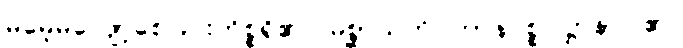
မမေ့မလျော့စေခြင်းကိစ္စရှိ၏။ မိစ္ဆာသတိပ္ပဟာနပစ္စုပဋ္ဌာနာ၊ ၏။